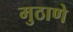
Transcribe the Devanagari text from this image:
मुठाणे